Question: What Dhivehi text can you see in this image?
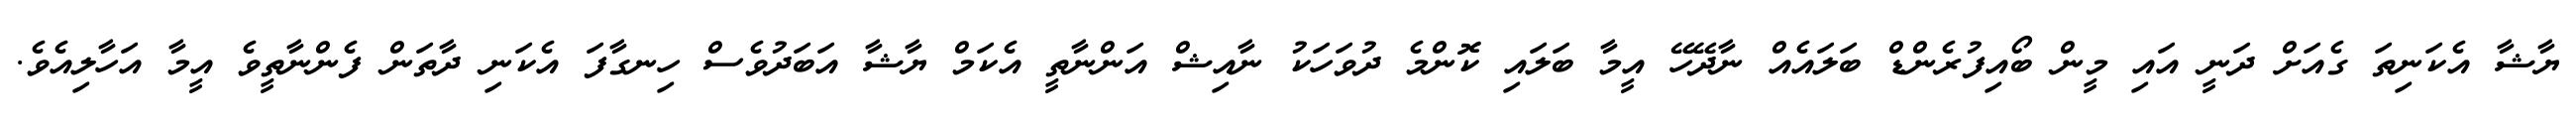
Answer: ޔާޝާ އެކަނިތަ ގެއަށް ދަނީ އައި މީން ބޯއިފުރެންޑް ބަލައެއް ނާދޭހޭ އީމާ ބަލައި ކޮންމެ ދުވަހަކު ނާއިޝް އަންނާތީ އެކަމް ޔާޝާ އަބަދުވެސް ހިނގާފަ އެކަނި ދާތަން ފެންނާތީވެ އީމާ އަހާލިއެވެ.